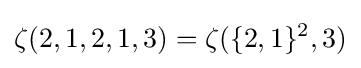
\zeta (2,1,2,1,3)=\zeta (\{2,1\}^{2},3)